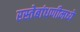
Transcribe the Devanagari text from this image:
रस्तेबांधणीमध्ये